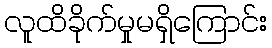
လူထိခိုက်မှုမရှိကြောင်း